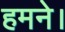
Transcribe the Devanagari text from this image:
हमने।